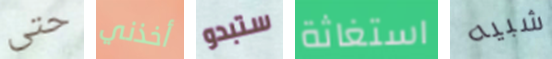
حتى أخذني ستبدو استغاثة شبيه